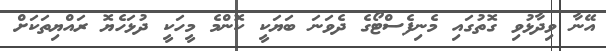
އޭނާ ވިދާޅުވި ގޮތުގައި މެނިފެސްޓޯގެ ދެވަނަ ބަޔަކީ ކޮންމެ މީހަކީ ދުޅަހެޔޮ ރައްޔިތަކަށް